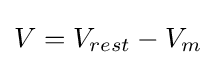
V=V_{rest}-V_{m}